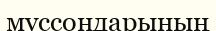
муссондарының